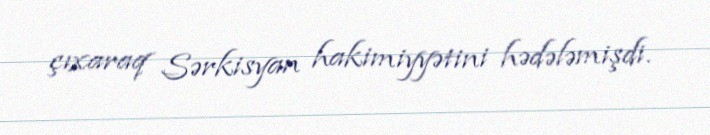
çıxaraq Sərkisyan hakimiyyətini hədələmişdi.